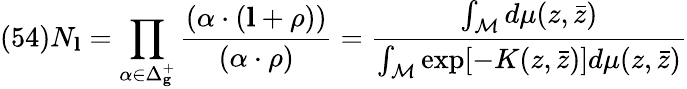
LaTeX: (54)N_{\mathbf l}=\prod_{\alpha\in\Delta_{\mathbf g}^{+}}\frac{(\alpha\cdot({\mathbf l}+\rho))}{(\alpha\cdot\rho)}=\frac{\int_{\cal M}d\mu(z,\bar{z})}{\int_{\cal M}\exp[-K(z,\bar{z})]d\mu(z,\bar{z})}